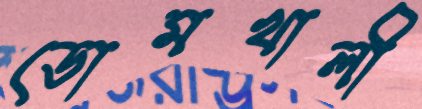
ডোমখালী